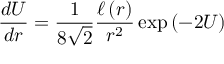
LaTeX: \frac { d U } { d r } = \frac { 1 } { 8 \sqrt { 2 } } \frac { \ell \left( r \right) } { r ^ { 2 } } \exp \left( - 2 U \right)